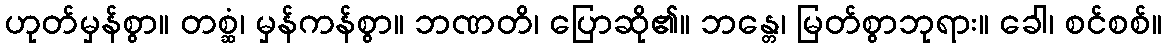
ဟုတ်မှန်စွာ။ တစ္ဆံ၊ မှန်ကန်စွာ။ ဘဏတိ၊ ပြောဆို၏။ ဘန္တေ၊ မြတ်စွာဘုရား။ ခေါ၊ စင်စစ်။